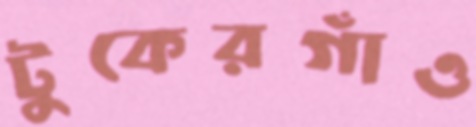
টুকেরগাঁও